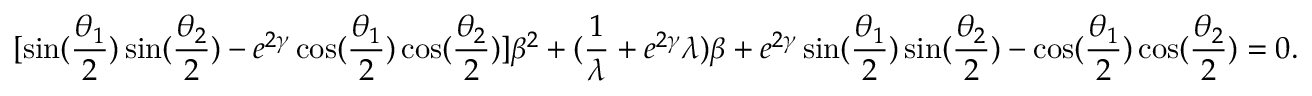
[ \sin ( \frac { \theta _ { 1 } } { 2 } ) \sin ( \frac { \theta _ { 2 } } { 2 } ) - e ^ { 2 \gamma } \cos ( \frac { \theta _ { 1 } } { 2 } ) \cos ( \frac { \theta _ { 2 } } { 2 } ) ] \beta ^ { 2 } + ( \frac { 1 } { \lambda } + e ^ { 2 \gamma } \lambda ) \beta + e ^ { 2 \gamma } \sin ( \frac { \theta _ { 1 } } { 2 } ) \sin ( \frac { \theta _ { 2 } } { 2 } ) - \cos ( \frac { \theta _ { 1 } } { 2 } ) \cos ( \frac { \theta _ { 2 } } { 2 } ) = 0 .